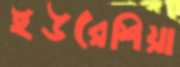
ইউরেশিয়া